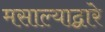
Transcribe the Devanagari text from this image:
मसाल्याद्वारे